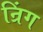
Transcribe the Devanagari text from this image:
न्रिंग